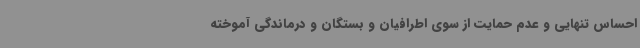
احساس تنهایی و عدم حمایت از سوی اطرافیان و بستگان و درماندگی آموخته